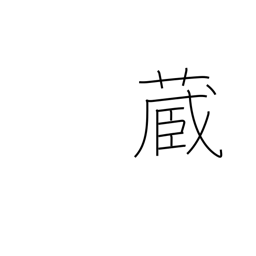
Meaning: possess